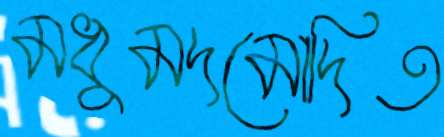
মধুমদমোদিত